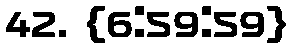
42. {6:59:59}